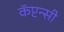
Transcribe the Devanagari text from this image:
कॅप्टन्सी